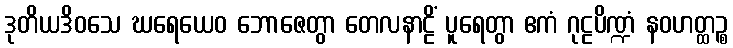
ဒုတိယဒိဝသေ ဃရေယေဝ ဘောဇေတွာ တေလနာဠိံ ပူရေတွာ ဧကံ ဂုဠပိဏ္ဍံ နဝဟတ္ထဉ္စ